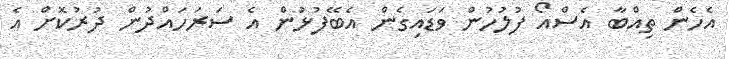
އެހެން ތިއްބާ އެސްއޯ ފުލުހުން ވަޑައިގެން އެބޭފުޅުން އެ ސަރަހައްދުން ދުރުކޮށް އެ